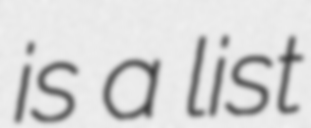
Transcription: is a list